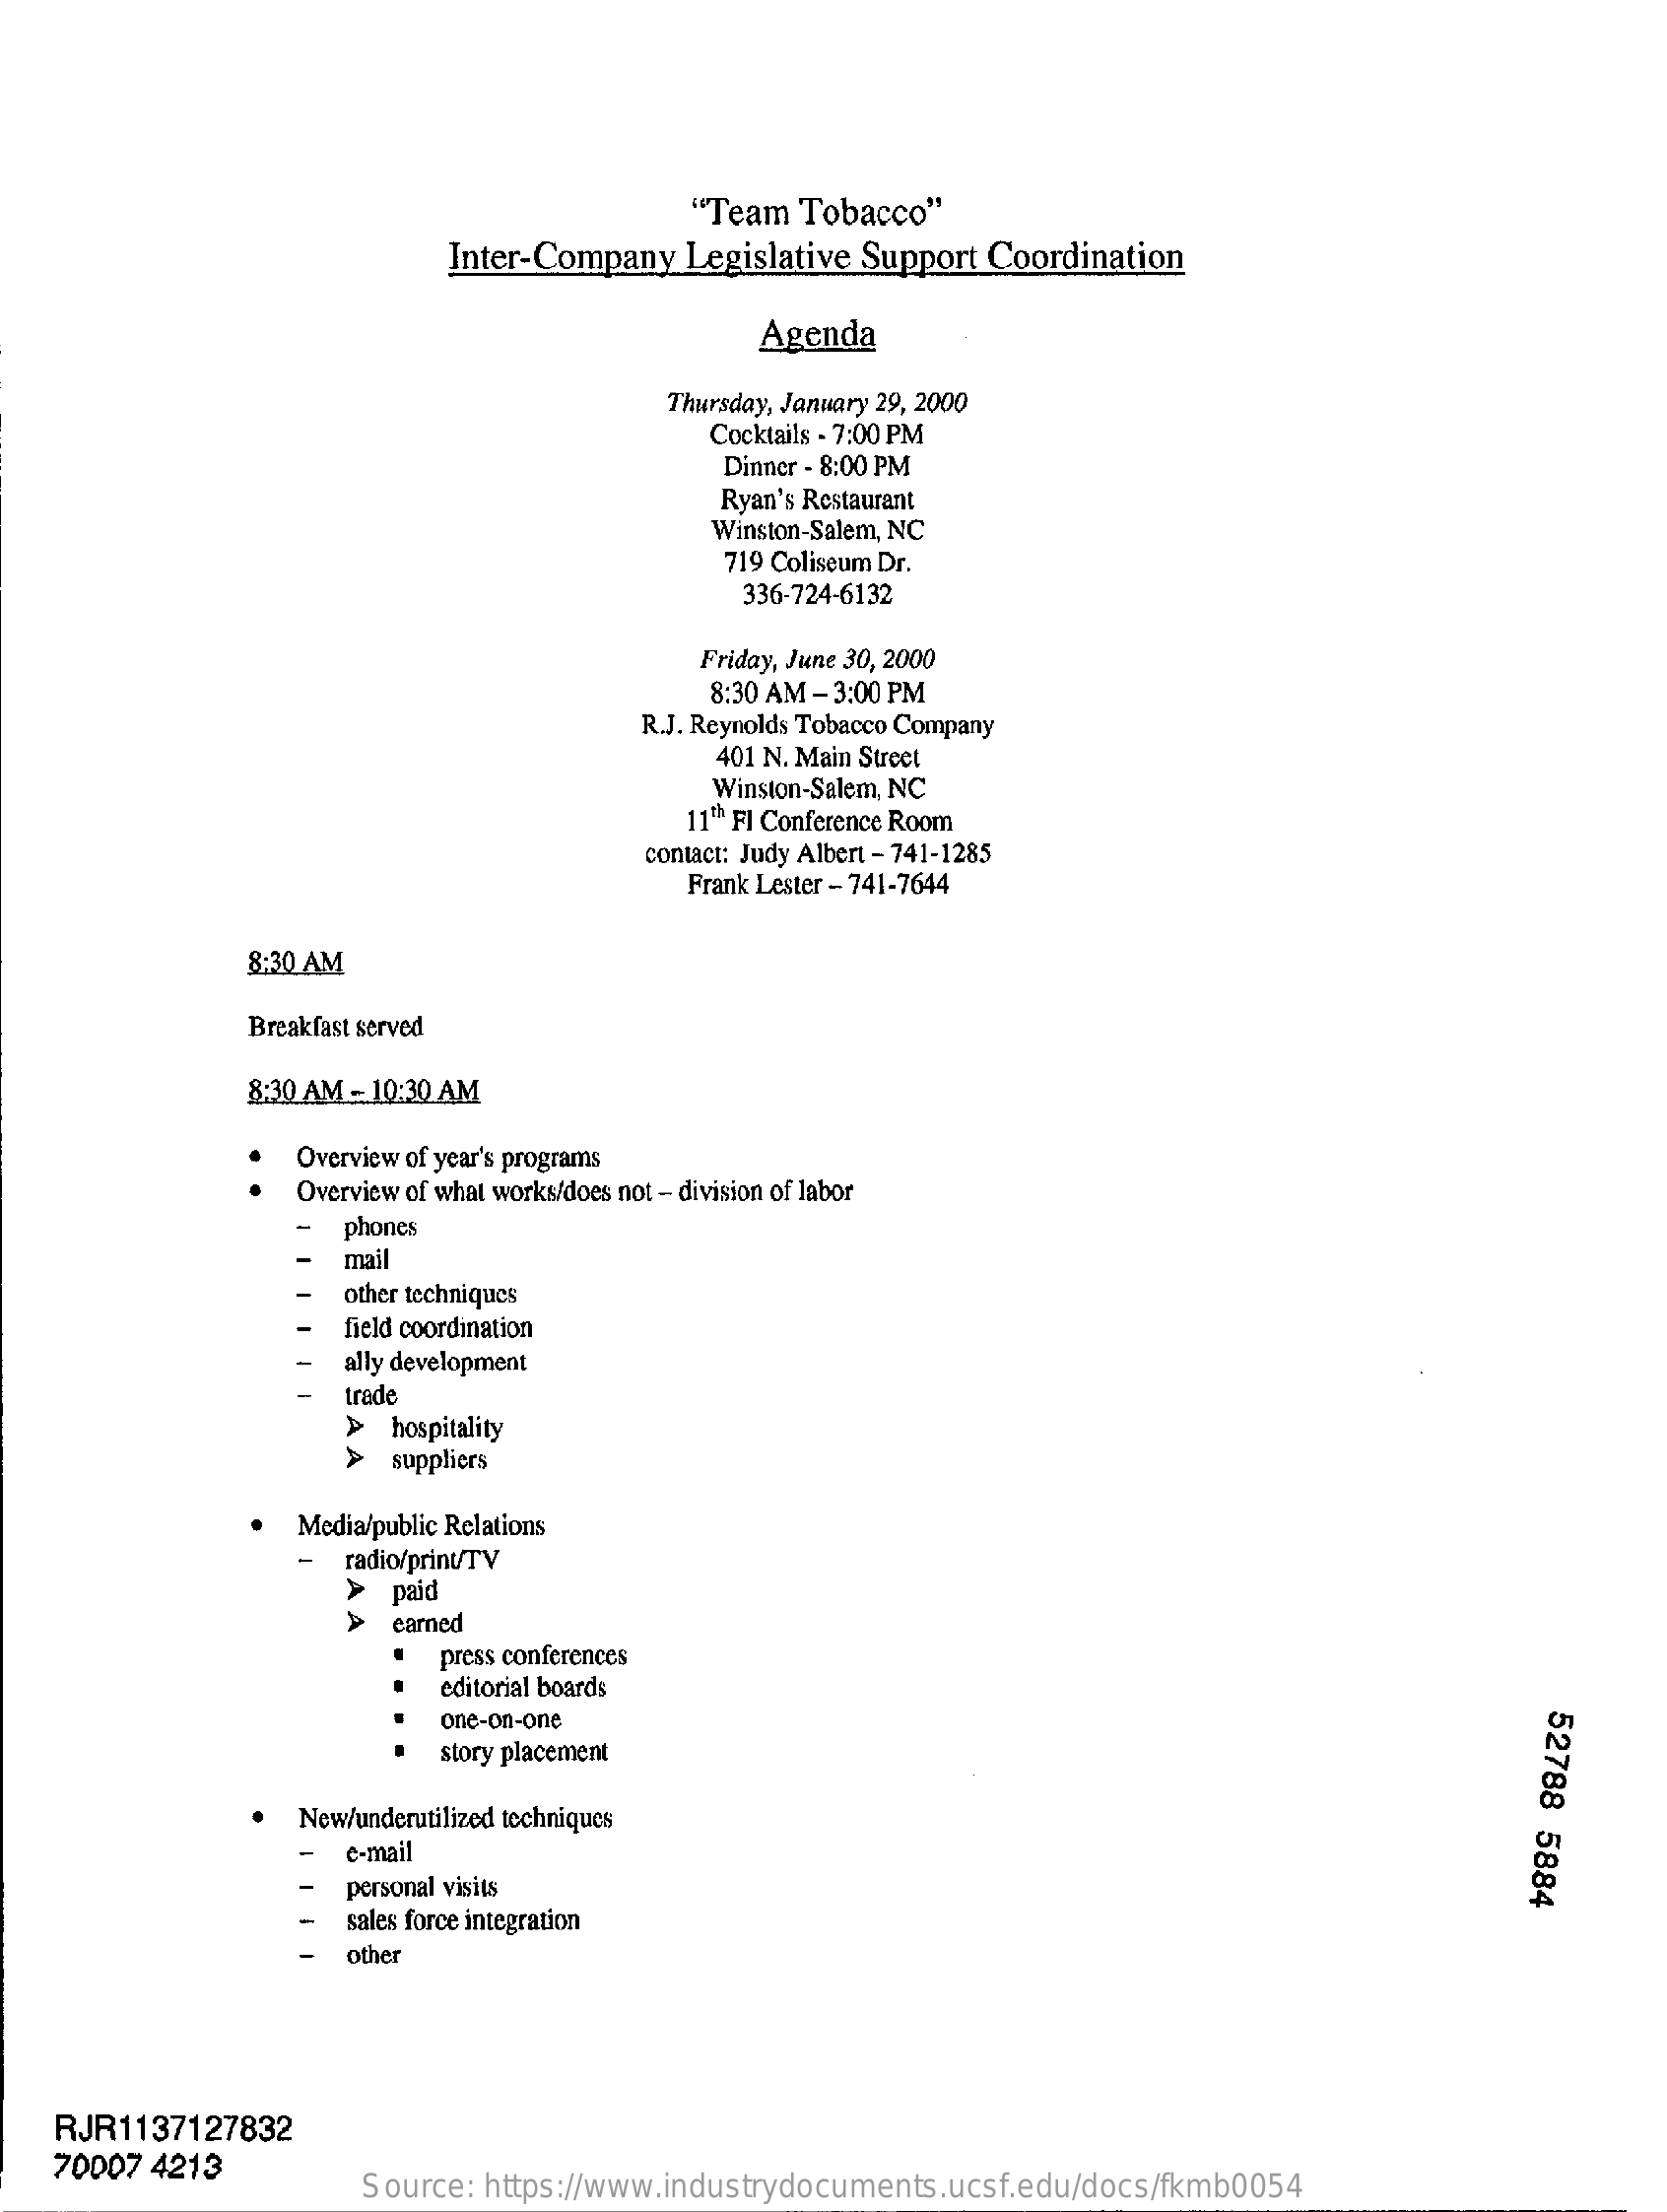
"Team Tobacco"
     Inter-Company  Legislative Support Coordination
     Agenda
     Thursday, January 29, 2000
     Cocktails - 7:00 PM
     Dinner - 8:00 PM
     Ryan's Restaurant
     Winston-Salem, NC
     719 Coliseum Dr.
     336-724-6132
     Friday, June 30, 2000
     8:30 AM - 3:00 PM
     R.J. Reynolds Tobacco Company
     401 N. Main Street
     Winston-Salem, NC
     11th FI Conference Room
     contact: Judy Albert - 741-1285
     Frank Lester - 741-7644
     8:30 AM
     Breakfast served
     8:30 AM - 10:30 AM
     Overview of year's programs
     Overview of what works/does not - division of labor
     phones
     mail
     other techniques
     field coordination
     ally development
     trade
     A
     A
     hospitality
     suppliers
     Media/public Relations
     radio/print/TV
     A
     paid
     A
     cared
     press conferences
     editorial boards
     one-on-one
     52788
     5884
     story placement
     New/underutilized techniques
     e-mail
     personal visits
     sales force integration
     other
    RJR1137127832
    70007 4213
     Source: https://www.industrydocuments.ucsf.edu/docs/fkmb0054